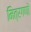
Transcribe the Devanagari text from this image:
मित्रगणों